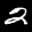
Label: 2